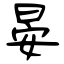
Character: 晏